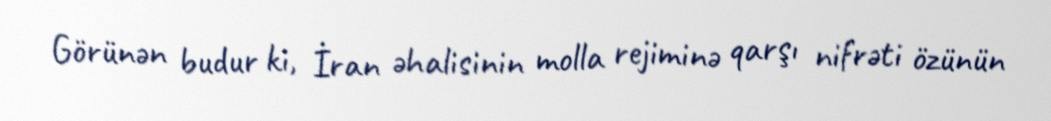
Görünən budur ki, İran əhalisinin molla rejiminə qarşı nifrəti özünün